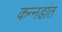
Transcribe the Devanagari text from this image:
कन्नडांत